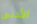
الأدنى